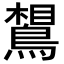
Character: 𪂼